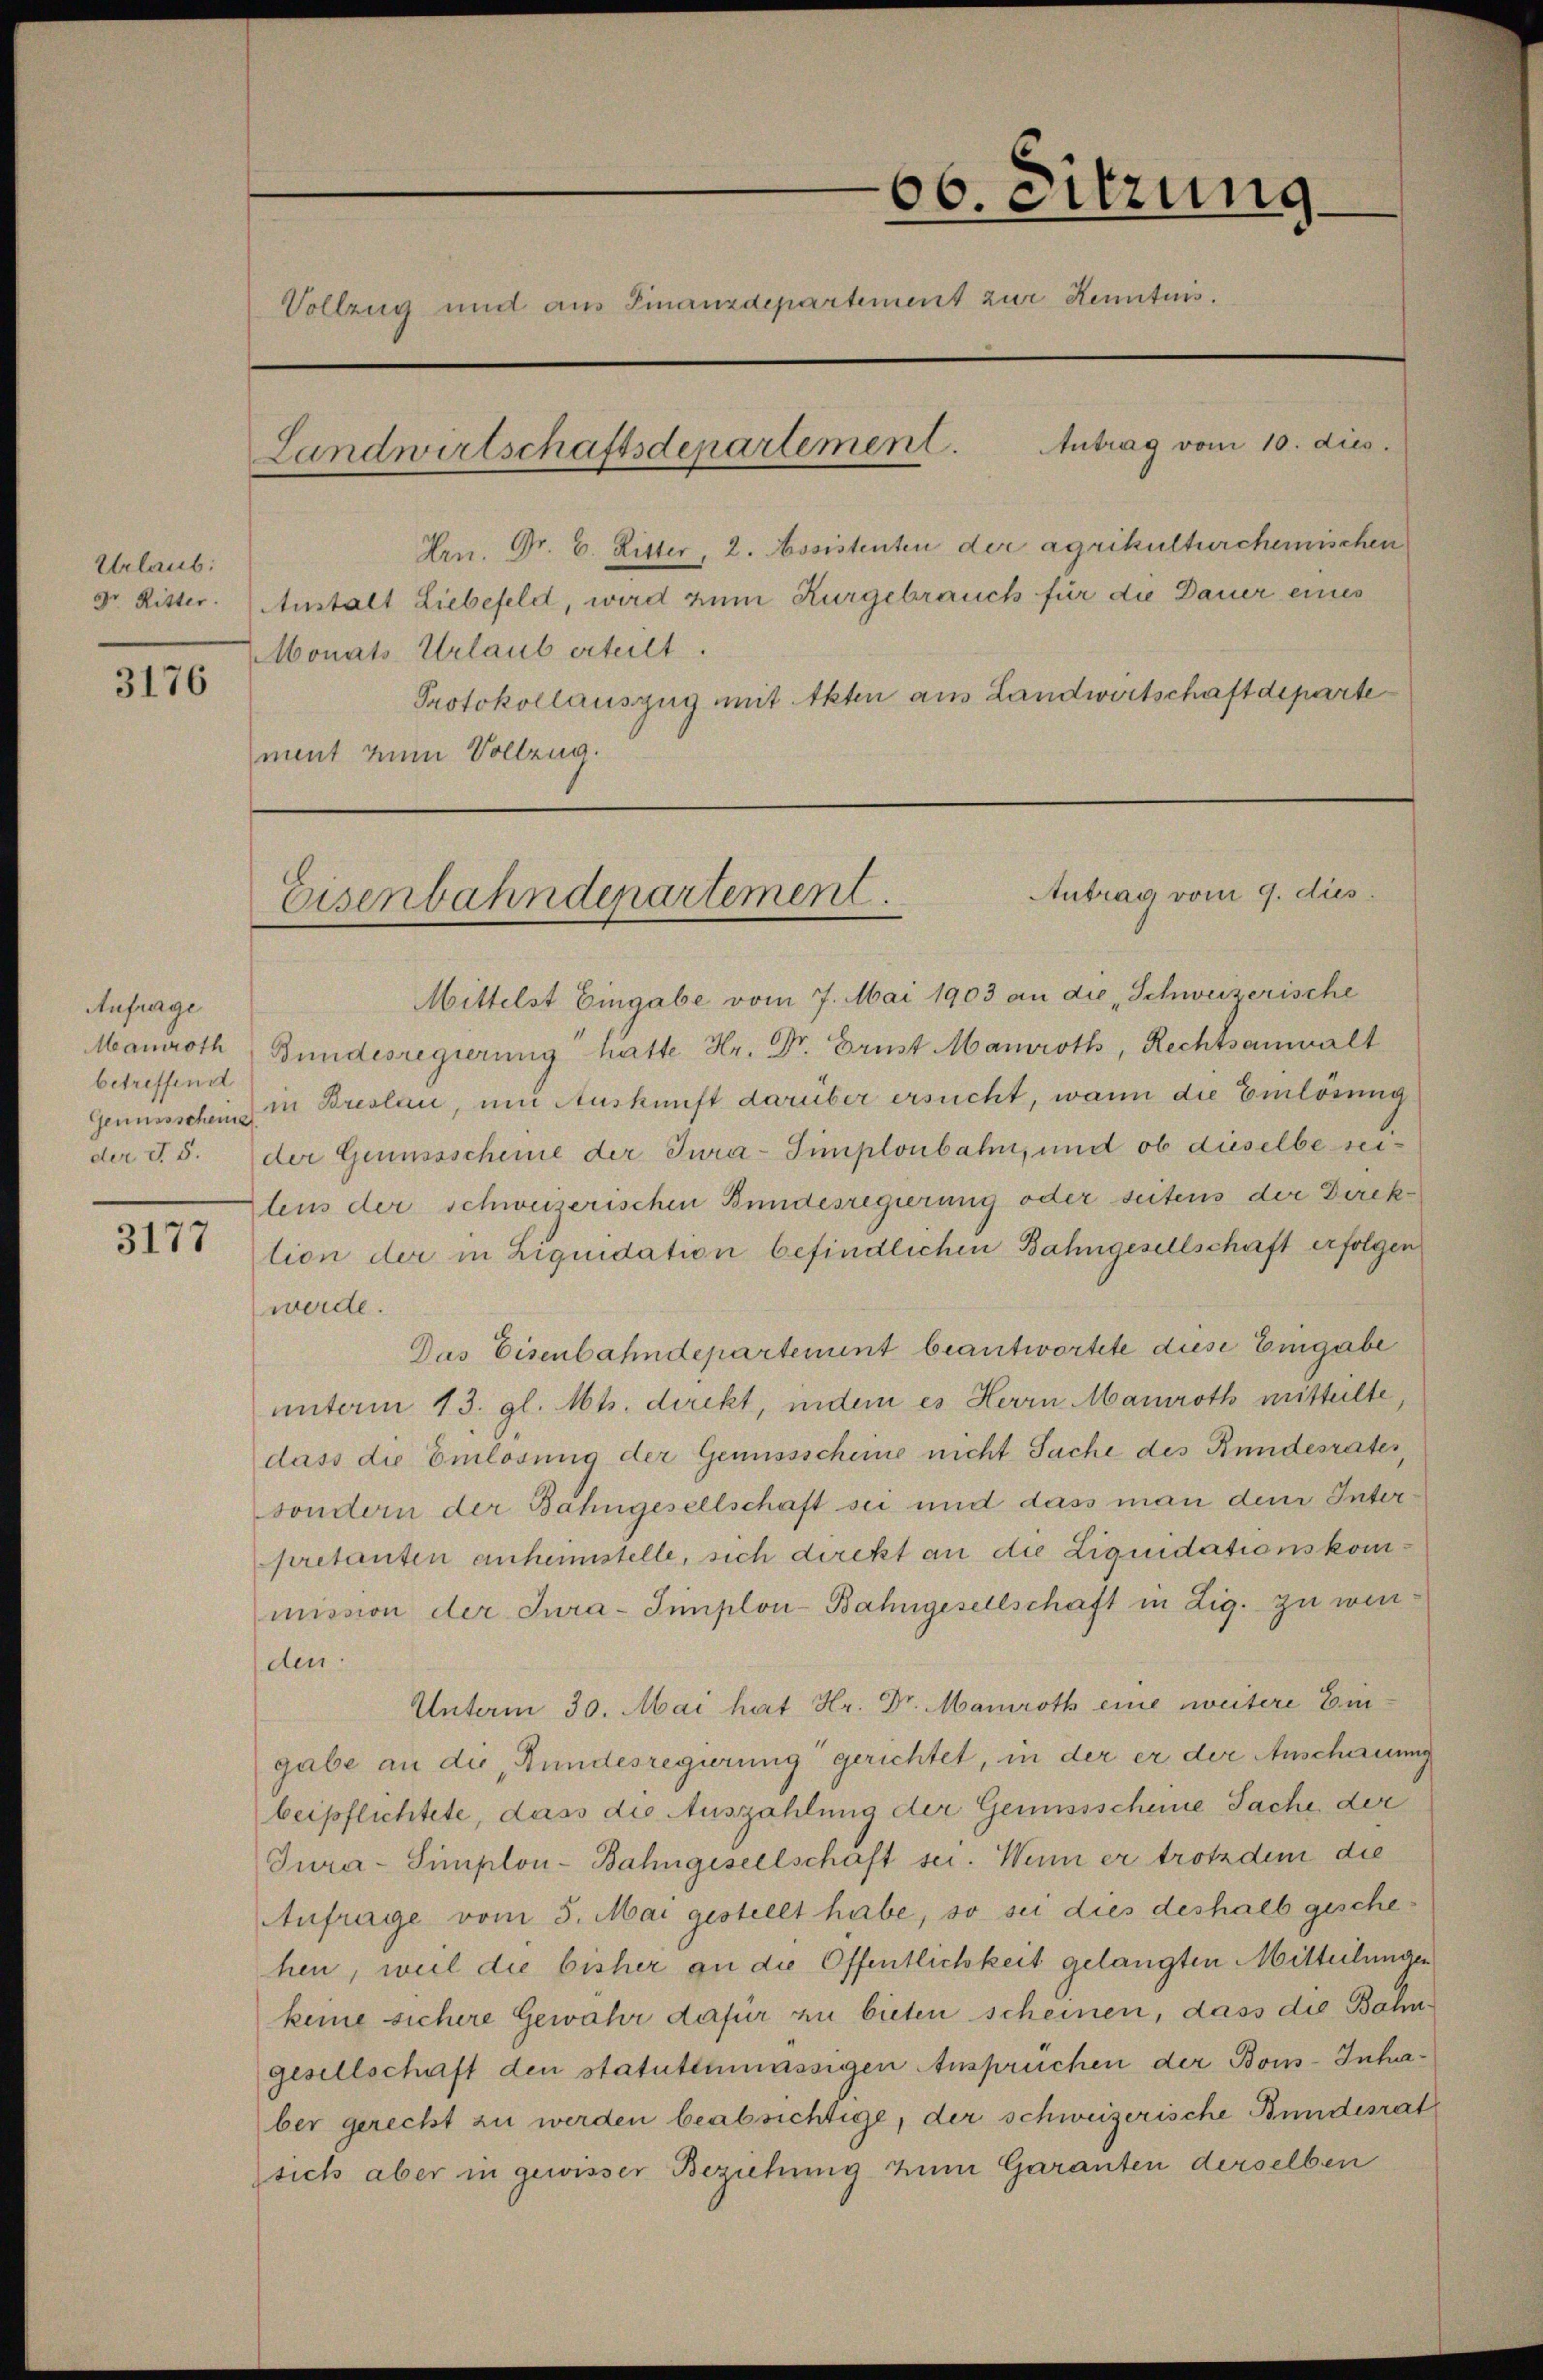
Urlaub:

3176

Anfrage
betreffend

3177

66. Sitzung
Vollzug und aus Finanzdepartement zur Kenntnis.
Antrag vom 10. dies.
Landwirtschaftsdepartement.
Hrn. Fr. 6. Ritter, 2. Assistenten der agrikulturchemischen

Dr. Ritter: Anstalt Liebefeld, wird zum Kurgebrauch für die Dauer eines
Monats Urlaub erteilt.
Protokollauszug mit Akten aus Landwirtschaft departe
ment zum Vollzug.

Antrag vom 9. dies
Eisenbahndepartement.

Mittelst Eingabe vom 7. Mai 1903 an die „Schweizerische
Manroth Bundesregierung hatte Hr. Dr. Brust Manroth, Rechtsanwalt
Genussschein in Breslau, und Auskunft darüber ersucht, wann die Einlösung
der S. 5. der Grumssscheine der Jura-Simplonbahn, und ob dieselbe seitens der schweizerischen Bundesregierung oder seitens der Direktion der in Liquidation befindlichen Bahngesellschaft erfolgen
werde.
Das Eisenbahndepartement beantwortete diese Eingabe
unterm 13. gl. Mts. dickt, indem es Herrn Manroth mitteilte,
dass die Emlosung der Genussscheine nicht Sache des Rundesrates,
sondern der Bahngesellschaft sei und dass man dem Inter
pretanten anheimstelle, sich direkt an die Liquidationskommission der Jura-Simplon-Bahngesellschaft in Zig. zu wei
den
Unterm 30. Mai hat Hr. Dr. Mairoth eine weitere Eingabe an die Bundesregierung gerichtet, in der er der Anscherung
beipflichtete, dass die Auszahlung der Genussscheine Sache der
Tura-Simplon-Bahngesellschäft sei. Wenn er trotzdem die
Anfrage vom 5. Mai gestellt habe, so sei dies deshalb geschehen, weil die bisher an die Öffentlichkeit gelangten Mitteilungen
keine sichere Gewähr dafür zu bieten scheinen, dass die Bahngesellschaft den statutenmässigen Ansprüchen der Bons-Inhaber gerecht zu werden beabsichtige, der schweizerische Bundesrat
sich aber in gewisser Beziehung zum Garanten derselben